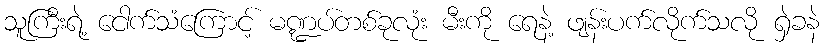
သူကြီးရဲ့ ငေါက်သံကြောင့် မဏ္ဍပ်တစ်ခုလုံး မီးကို ရေနဲ့ ဖျန်းပက်လိုက်သလို ရှဲခနဲ